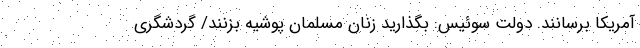
آمریکا برسانند. دولت سوئیس: بگذارید زنان مسلمان پوشیه بزنند/ گردشگری